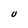
Character: U